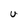
Character: U